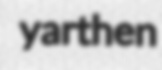
yarthen